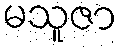
မသူဇာ